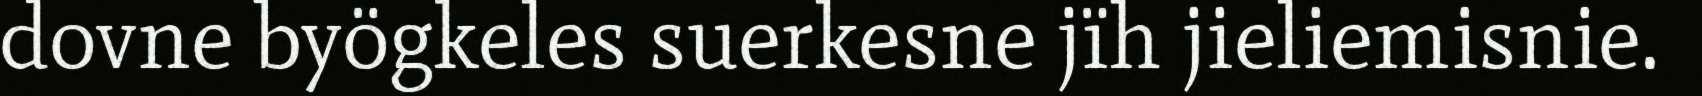
dovne byögkeles suerkesne jïh jieliemisnie.